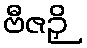
ဗီဇဉှိ